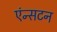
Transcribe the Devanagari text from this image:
एंन्सटन